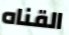
القناه